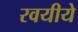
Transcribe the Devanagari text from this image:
रवयीये